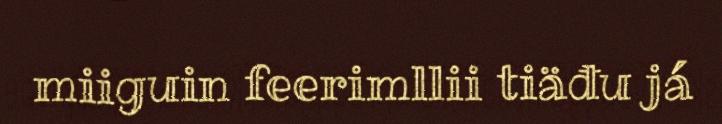
miiguin feerimllii tiäđu já